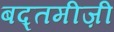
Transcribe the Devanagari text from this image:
बद्तमीज़ी